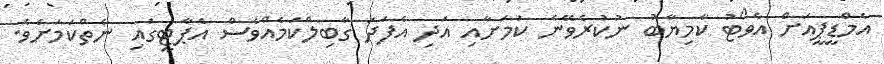
އެމްޑީޕީއަށް އެވޯޓު ކާމިޔާބު ނުކުރެވޭނެ ކަމަށާއި އަދި އެފަދަ ގާބިލްކަމެއްވެސް އެޕާޓީގައި ނެތްކަމަށެވެ.